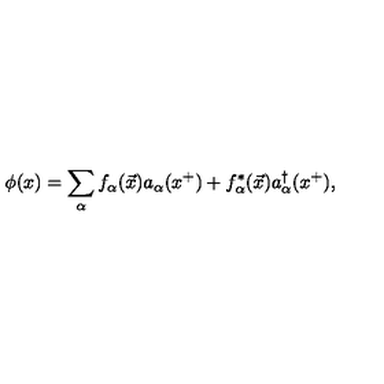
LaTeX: \phi ( x ) = \sum _ { \alpha } f _ { \alpha } ( \vec { x } ) a _ { \alpha } ( x ^ { + } ) + f _ { \alpha } ^ { * } ( \vec { x } ) a _ { \alpha } ^ { \dagger } ( x ^ { + } ) ,